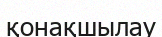
қонақшылау